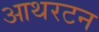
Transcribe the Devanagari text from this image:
आथरटन